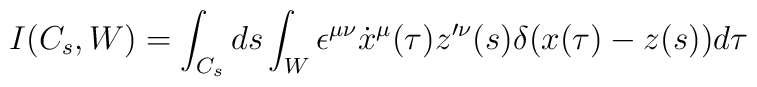
I(C_s,W) = \int_{C_s}ds\int_W \epsilon^{\mu \nu}\dot x^\mu (\tau)z'^\nu (s)\delta (x(\tau)-z(s))d\tau